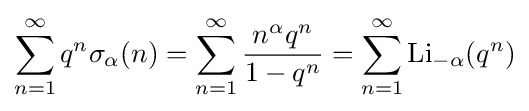
\sum _{n=1}^{\infty }q^{n}\sigma _{\alpha }(n)=\sum _{n=1}^{\infty }{\frac {n^{\alpha }q^{n}}{1-q^{n}}}=\sum _{n=1}^{\infty }\operatorname {Li} _{-\alpha }(q^{n})